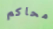
محاكم